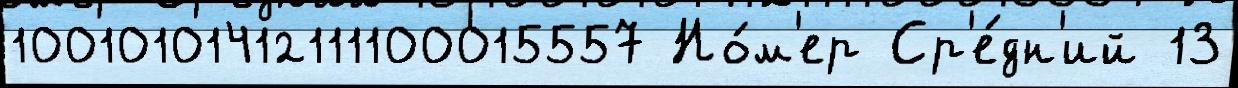
10010101412111100015557 Но́м'ер Ср'е́дн'ий 13